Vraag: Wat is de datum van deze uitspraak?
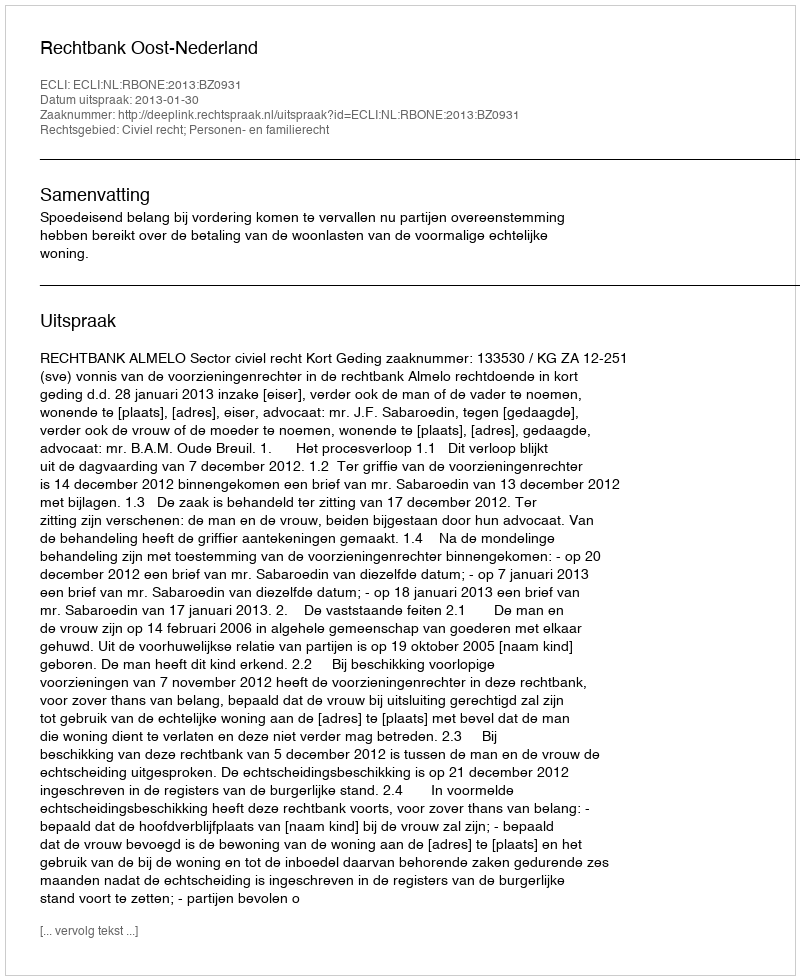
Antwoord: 2013-01-30